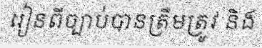
រៀនពីច្បាប់បានត្រឹមត្រូវ និង